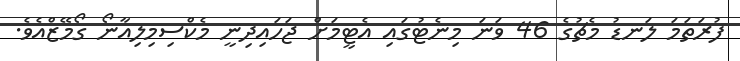
ފުރަތަމަ ލަނޑު މެޗުގެ 46 ވަނަ މިނެޓުގައި އެޓީމަށް ޖަހައިދިނީ މެކްސިމިލިއާނޯ ގޯމޭޒްއެވެ.